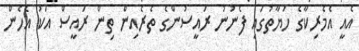
އެއީ އެމެރިކާގެ ހަޔާތުގައި ފެނުނު ރައީސުންގެ ތެރެއިން ތިން ރައީސް އަކު އެހެން